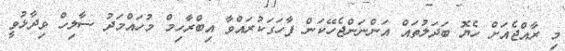
މި ރާއްޖެއަށް ހެޔޮ ބަދަލުތައް އަންނަންޖެހޭކަން ފާހަގަކުރައްވާ އިބްރާހިމް މުހައްމަދު ސާލިހް ވިދާޅުވީ